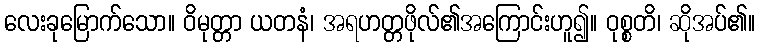
လေးခုမြောက်သော။ ဝိမုတ္တာ ယတနံ၊ အရဟတ္တဖိုလ်၏အကြောင်းဟူ၍။ ဝုစ္စတိ၊ ဆိုအပ်၏။